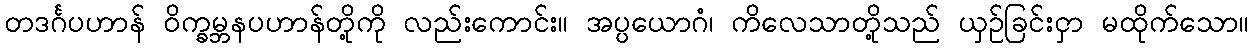
တဒင်္ဂပဟာန် ဝိက္ခမ္ဘနပဟာန်တို့ကို လည်းကောင်း။ အပ္ပယောဂံ၊ ကိလေသာတို့သည် ယှဉ်ခြင်းငှာ မထိုက်သော။